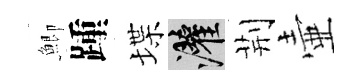
鯽踵堞灌荆壷